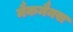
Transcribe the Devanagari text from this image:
मैकमैनस